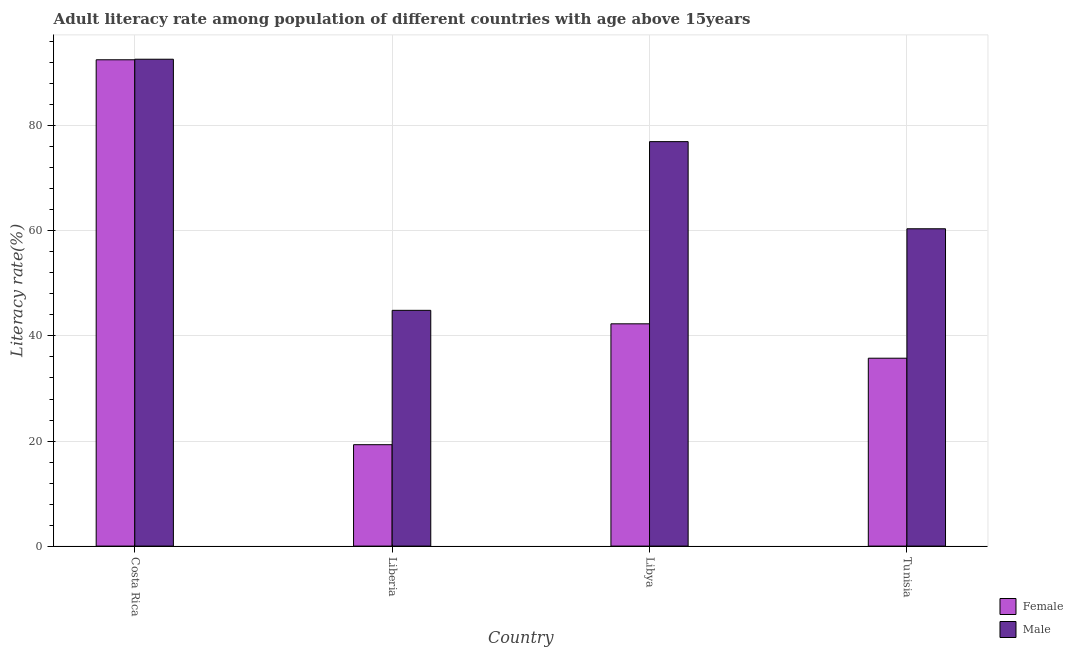
| Country | Female | Male |
 | --- | --- | --- |
 | Costa Rica | 92.6 | 92.7 |
 | Liberia | 19.3 | 44.9 |
 | Libya | 42.3 | 77 |
 | Tunisia | 35.8 | 60.4 |